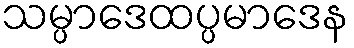
သမ္ပာဒေထပ္ပမာဒေန